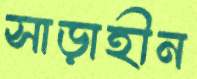
সাড়াহীন